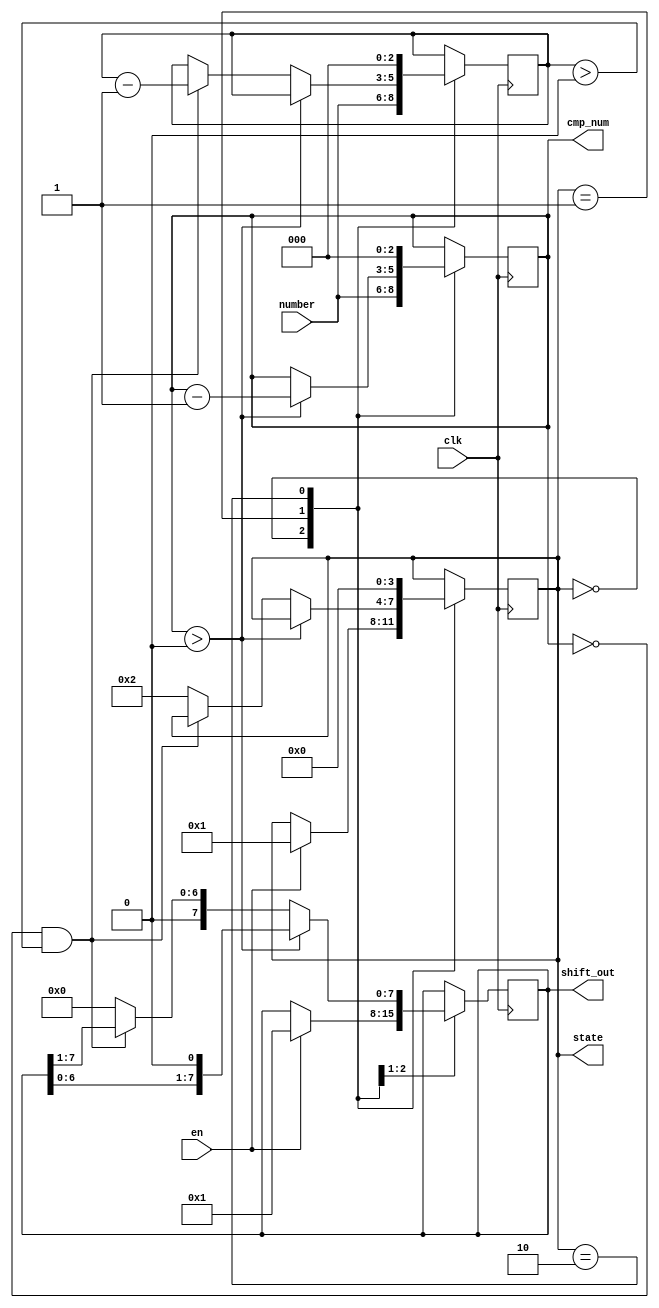
module shift
(
	input clk,en,
	input [2:0] number,
	output reg [7:0] shift_out,
	output reg [3:0] state,
	output reg [2:0] cmp_num

);
reg [2:0] cmp_num_prime;

always@(posedge clk)
begin

case(state)
	0:	begin
			cmp_num <= number;
			cmp_num_prime <= number;
			if(en == 1) 
			begin
				shift_out <= 8'b0000_0001;
				state <= 1;
			end
			else
				state <= state;
		end
	1:	begin
			if(cmp_num > 0)
			begin
				cmp_num <= cmp_num - 1;
				shift_out <= shift_out << 1;
				state <= state;
			end
			else if(cmp_num==0 && cmp_num_prime > 0)                                      
			begin
				cmp_num_prime <= cmp_num_prime - 1;
				shift_out <= shift_out >> 1;
				state <= state;
			end
			else
			begin
			shift_out <= 0;
				state <= 2;  
				end
		end
	2:	begin
			cmp_num <= 0;
			cmp_num_prime <= 0;
			state <= 0;
			
		end
	endcase
end
endmodule